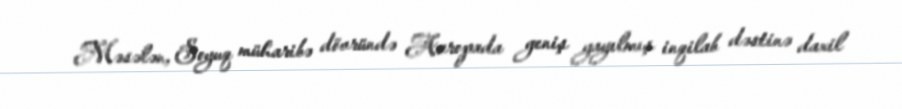
Məsələn, Soyuq müharibə dövründə Avropada geniş yayılmış inqilab dəstinə daxil